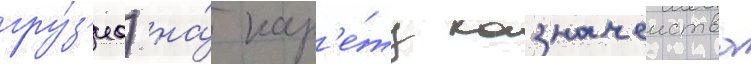
гру́з'иа) на́ кар'е́ту казначеиства